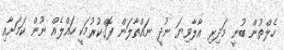
ހެލްތުން ބުނީ މަދިރި އާލާވިޔަ ނުދީ ނައްތާލަން ފޮގްކުރުމަކީ ހައްލެެއް ނޫން ކަމަށާއި